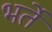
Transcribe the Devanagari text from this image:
भर्ते